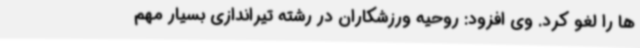
ها را لغو کرد. وی افزود: روحیه ورزشکاران در رشته تیراندازی بسیار مهم